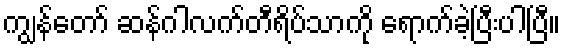
ကျွန်တော် ဆန်ဂါလက်တီရိပ်သာကို ရောက်ခဲ့ပြီးပါပြီ။